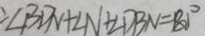
: \angle B D N + \angle N + \angle D B N = 8 0 ^ { \circ }